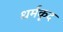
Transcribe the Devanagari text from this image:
धर्मकृद